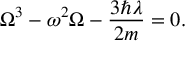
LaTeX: \Omega ^ { 3 } - \omega ^ { 2 } \Omega - \frac { 3 \hbar \lambda } { 2 m } = 0 .